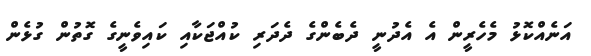
އަނެއްކޮޅު މެހެރީން އެ އެދުނީ ދެބެންގެ ދެދަރި ކުއްޖަކާއި ކައިވެނީގެ ގޮތުން ގުޅެން